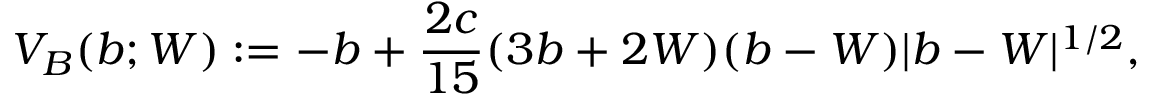
V _ { B } ( b ; W ) : = - b + \frac { 2 c } { 1 5 } ( 3 b + 2 W ) ( b - W ) \lvert { b - W } \rvert ^ { 1 / 2 } ,